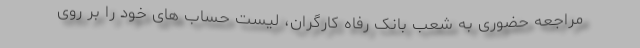
مراجعه حضوری به شعب بانک رفاه کارگران، لیست حساب های خود را بر روی